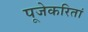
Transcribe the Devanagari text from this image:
पूजेकरितां